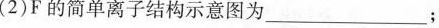
(2)F的简单离子结构示意图为_____；